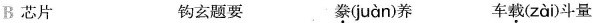
B芯片 钩玄题要 豢( juàn )养 车载( zài )斗量